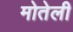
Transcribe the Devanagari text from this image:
मोतेली